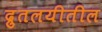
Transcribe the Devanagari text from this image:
द्रुतलयीतील